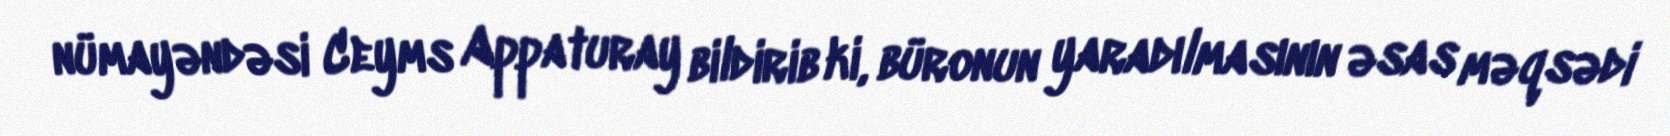
nümayəndəsi Ceyms Appaturay bildirib ki, büronun yaradılmasının əsas məqsədi